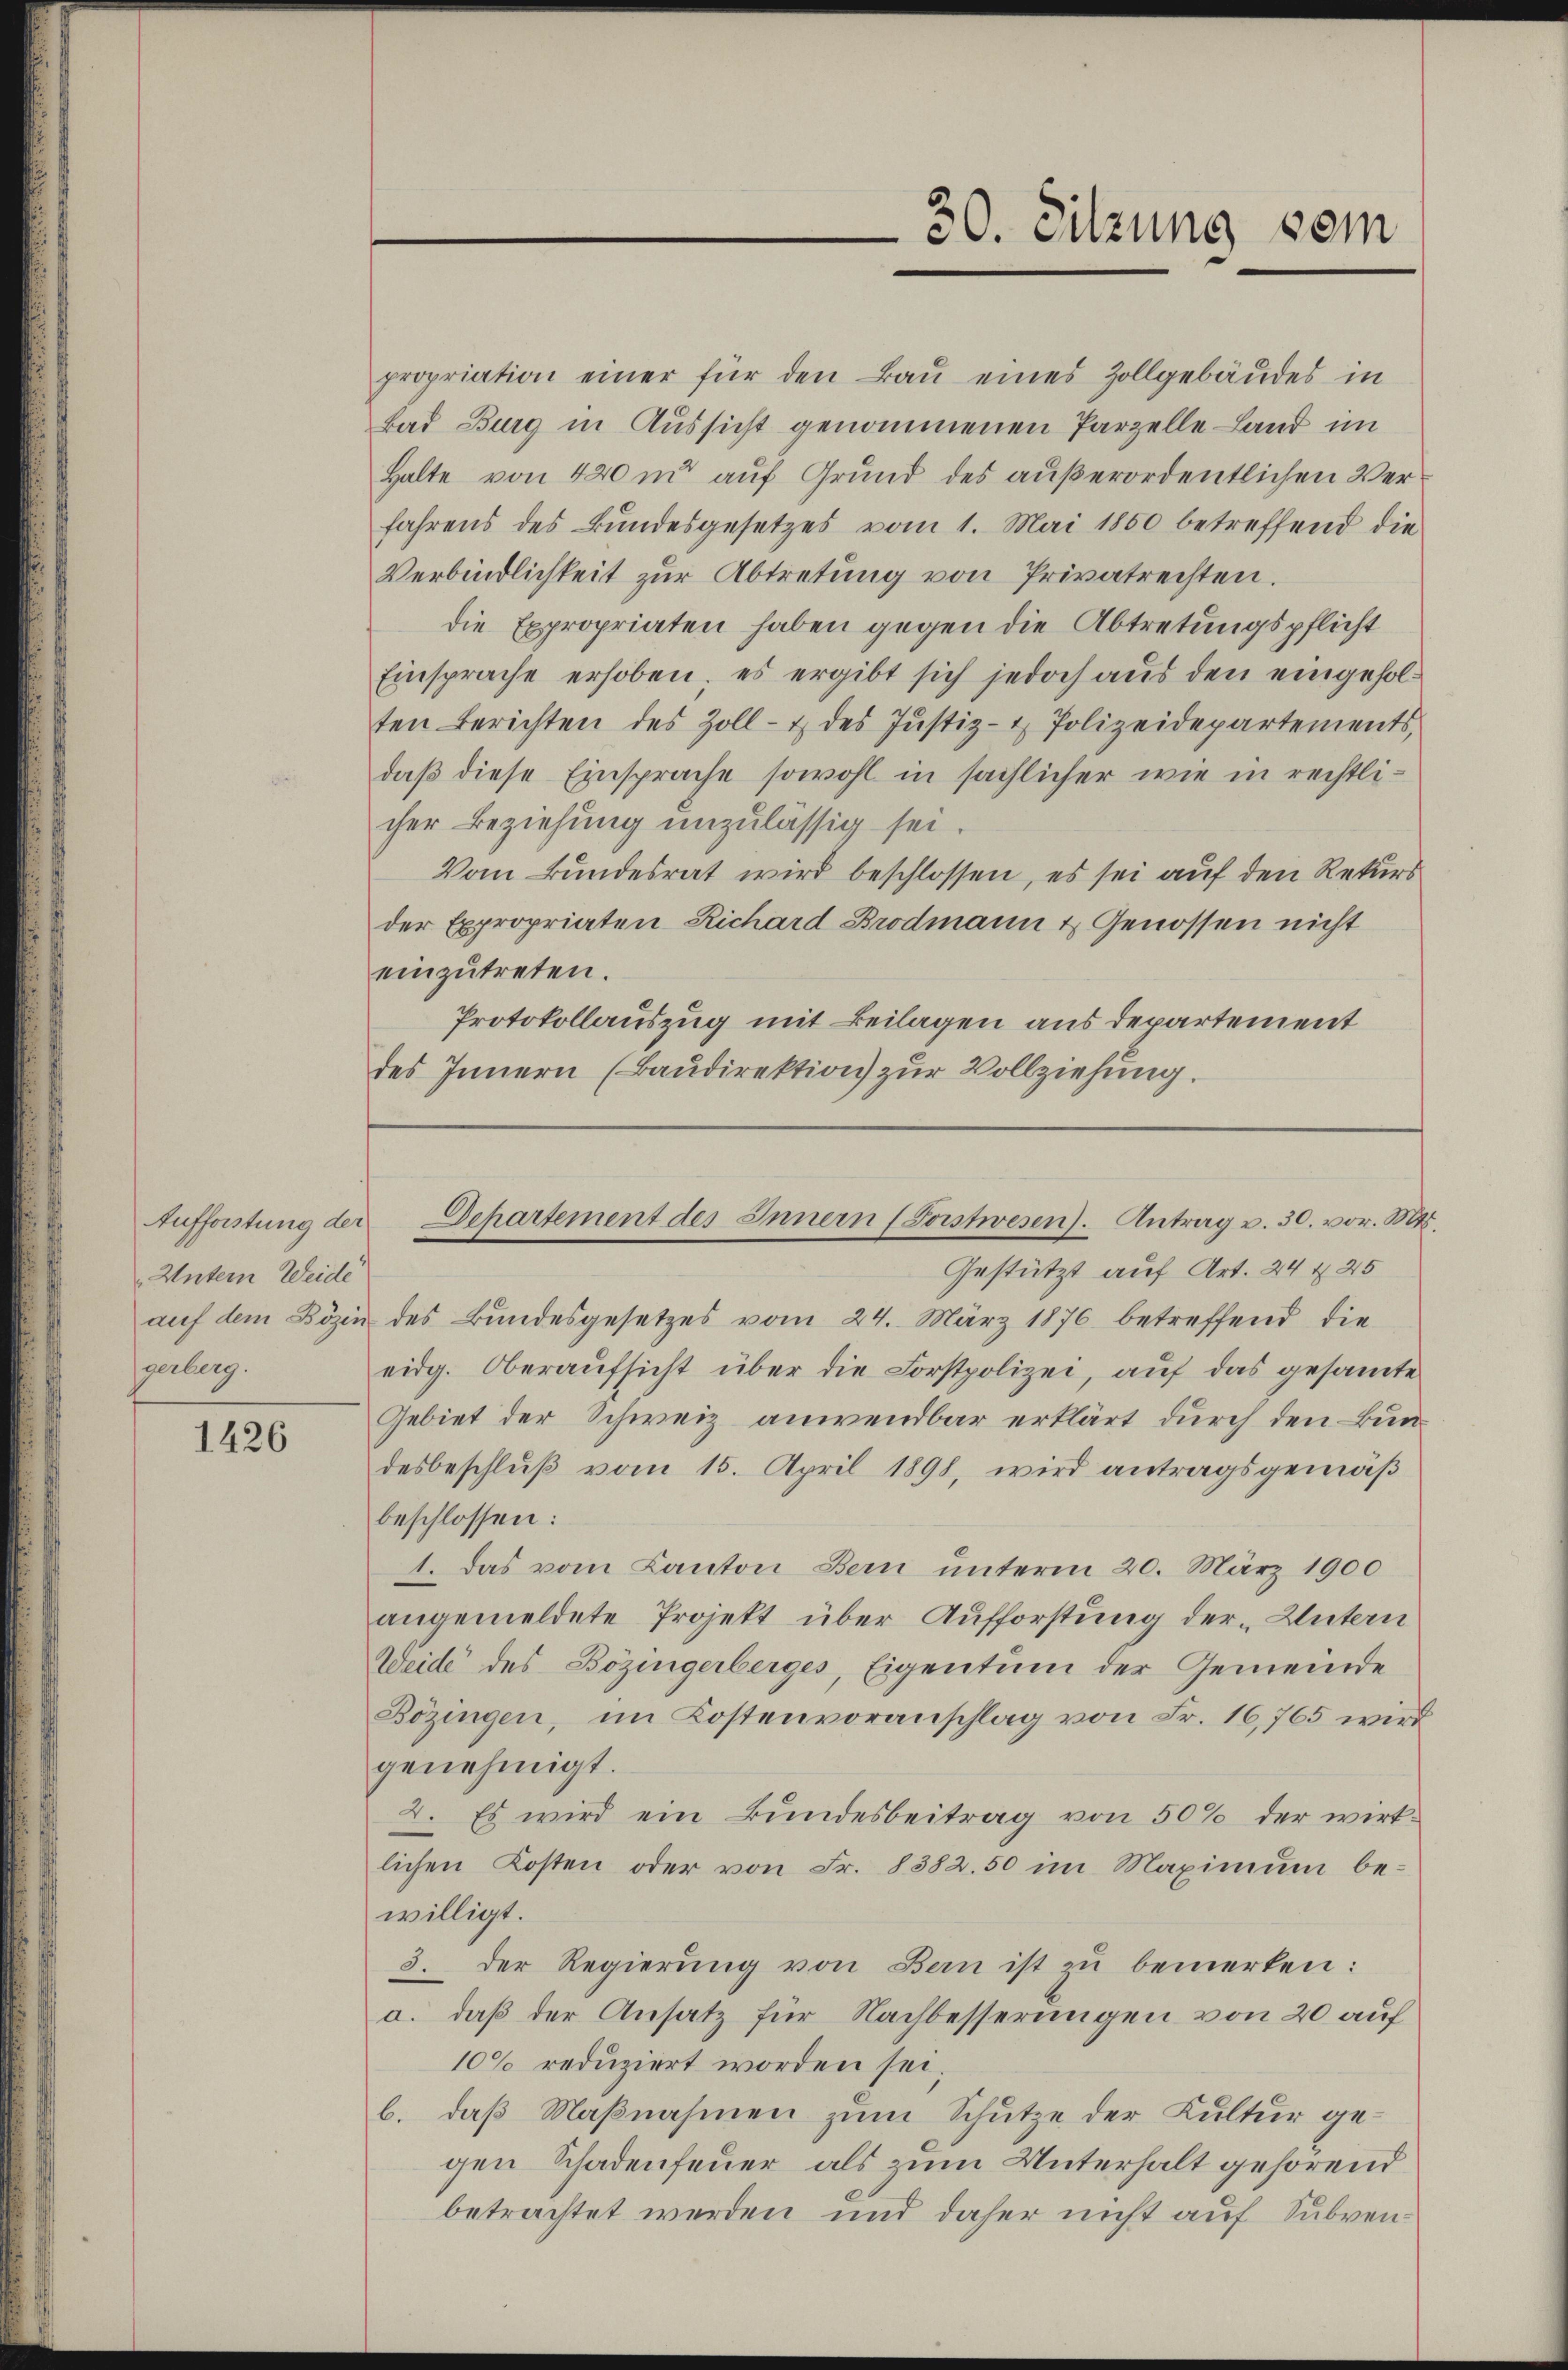
Aufforstung der
Untern Weide
auf dem Bözin
gerberg.

1426

propriation einer für den Baŭ eines Zollgebäŭdes in
Bad Burg in Aussicht genommenen Parzelle Land im
Halte von 420 m auf Grund des außerordentlichen Verfahrens des Bundesgesetzes vom 1. Mai 1850 betreffend die
Verbindlichkeit zŭr Abtretung von Privatrechten.
die Expropriaten haben gegen die Abtretungspflicht
Einsprache erhoben, es ergibt sich jedoch aus den eingeholten Berichten des Zoll- & des Justiz- & Polizeidepartements,
daß diese Einsprache sowohl in sächlicher wie in rechtlicher Beziehung unzulässig sei.
Vom Bundesrat wird beschlossen, es sei auf den Rekurs
der Expropriaten Richard Brodmann & Genossen nicht
einzutreten.
Protokollauszug mit Beilagen aus departement
des Innern (Baŭdirektion zur Vollziehung.

30. Sitzung vom

Gestützt auf Art. 24 § 25
des Bundesgesetzes vom 24. März 1876 betreffend die
eidg. Oberaufsicht über die Forstpolizei, auf das gesamte
Gebiet der Schweiz anwendbar erklärt durch den Bundesbeschluß vom 15. April 1898, wird antragsgemäß
beschlossen:
1. Das vom Kanton Bern unterm 20. März 1900
angemeldete Projekt über Aufforstung der „Untern
Weide des Bözingerberges, Eigentum der Gemeinde
Bözingen, im Kostenvoranschlag von Fr. 16,765 wird
genehmigt.
2. Es wird ein Bundesbeitrag von 50% der wirk-
lichen Kosten oder von Fr. 8382. 50 im Maximum bewilligt.
3. Der Regierŭng von Bern ist zu bemerken:
a. daß der Ansatz für Nachbesserungen von 20 auf
100 reduziert worden sei;
b. daß Maßnahmen zum Schutze der Kultur gegen Schadenfeuer als zum Unterhalt gehörend
betrachtet werden und daher nicht auf Subven¬

Dchartement des Innern (Forstwesen. Antrag u. 30. vor. Mts.